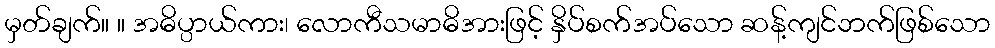
မှတ်ချက်။ ။ အဓိပ္ပာယ်ကား၊ လောကီသမာဓိအားဖြင့် နှိပ်စက်အပ်သော ဆန့်ကျင်ဘက်ဖြစ်သော